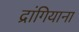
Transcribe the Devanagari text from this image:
द्रांगियाना